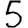
Digit: 5